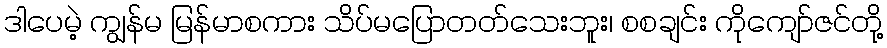
ဒါပေမဲ့ ကျွန်မ မြန်မာစကား သိပ်မပြောတတ်သေးဘူး၊ စစချင်း ကိုကျော်ဇင်တို့